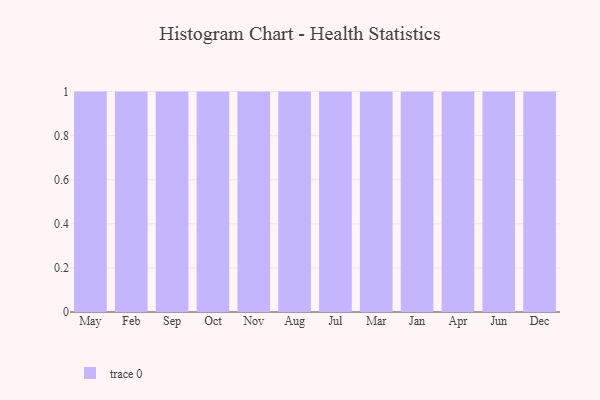
{"axis": {"x": "Month", "y": "Churn Rate (%)"}, "legend": [""], "data": [{"x": "May", "y": 81, "type": ""}, {"x": "Feb", "y": 76, "type": ""}, {"x": "Sep", "y": 83, "type": ""}, {"x": "Oct", "y": 77, "type": ""}, {"x": "Nov", "y": 90, "type": ""}, {"x": "Aug", "y": 12, "type": ""}, {"x": "Jul", "y": 24, "type": ""}, {"x": "Mar", "y": 58, "type": ""}, {"x": "Jan", "y": 93, "type": ""}, {"x": "Apr", "y": 60, "type": ""}, {"x": "Jun", "y": 48, "type": ""}, {"x": "Dec", "y": 79, "type": ""}]}